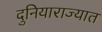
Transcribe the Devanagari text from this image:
दुनियाराज्यात